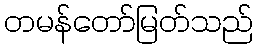
တမန်တော်မြတ်သည်